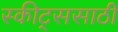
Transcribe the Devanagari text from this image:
स्कीट्ससाठी